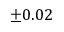
\pm 0 . 0 2